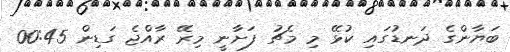
ބަޔާންގެ ދަނޑުގައި ކުޅޭ މި މެޗު ފަށާނީ މިރޭ ރާއްޖެ ގަޑިން 00:45